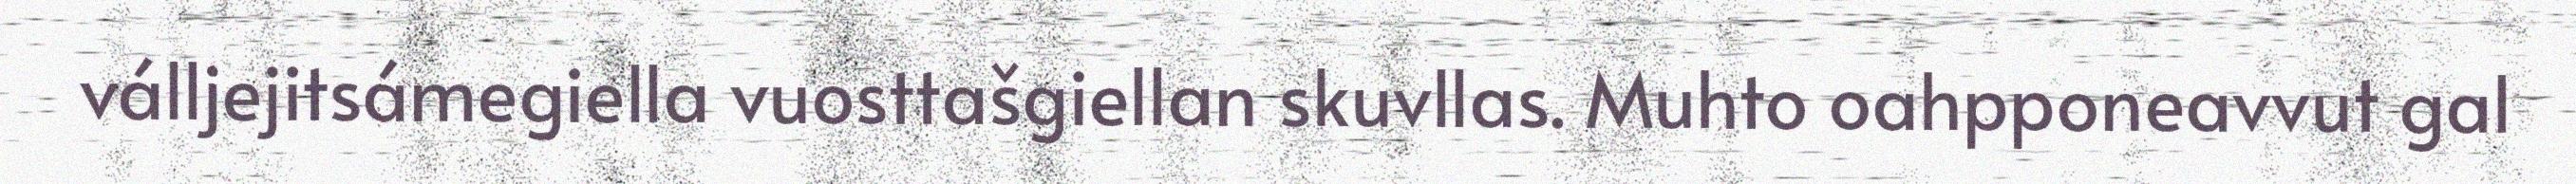
válljejitsámegiella vuosttašgiellan skuvllas. Muhto oahpponeavvut gal